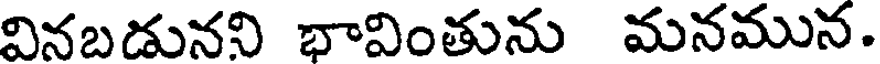
వినబడునని భావింతును మనమున.